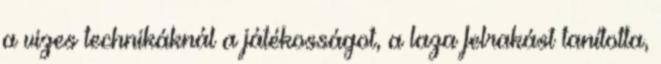
a vizes technikáknál a játékosságot, a laza felrakást tanította,